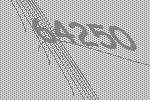
64250